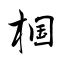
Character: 椢